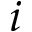
i